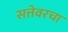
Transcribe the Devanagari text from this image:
सत्तेवरचा